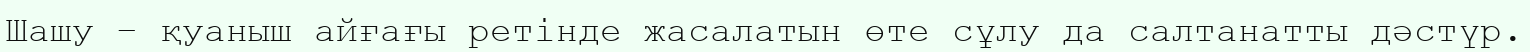
Шашу – қуаныш айғағы ретінде жасалатын өте сұлу да салтанатты дәстүр.